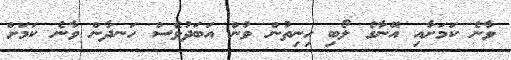
ވާނެ ކަމަށާއި އޭނާގެ ލޯބި ހިނިތުން ވުން އަބަދުވެސް ހަނދާން ވާނެ ކަމަށް